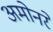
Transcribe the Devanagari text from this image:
अमोनरे